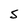
Character: S